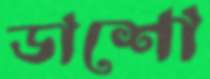
ডাশো